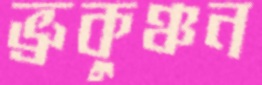
ভ্রুকুঞ্চন